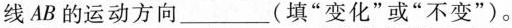
线AB的运动方向____(填”变化”或”不变”)。